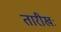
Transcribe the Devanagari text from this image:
तारीखः